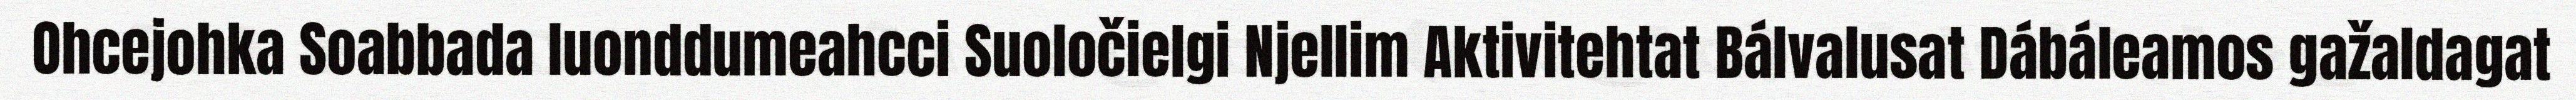
Ohcejohka Soabbada luonddumeahcci Suoločielgi Njellim Aktivitehtat Bálvalusat Dábáleamos gažaldagat